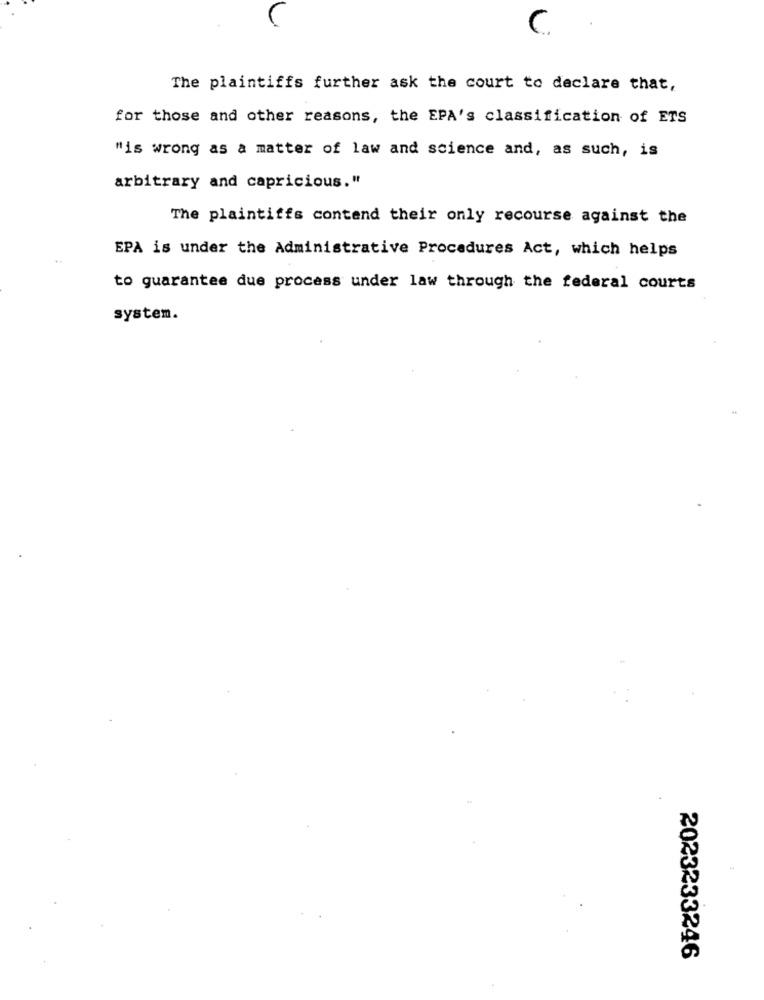
.
The plaintiffs further ask the court to declare that,
for those and other reasons, the EPA's classification of ETS
"is wrong as a matter of law and science and, as such, is
arbitrary and capricious."
The plaintiffs contend their only recourse against the
EPA is under the Administrative Procedures Act, which helps
to guarantee due process under law through the federal courts
system.
14
2023233246